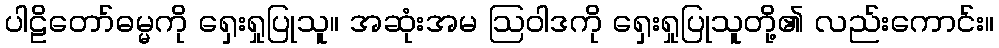
ပါဠိတော်ဓမ္မကို ရှေးရှုပြုသူ။ အဆုံးအမ ဩဝါဒကို ရှေးရှုပြုသူတို့၏ လည်းကောင်း။